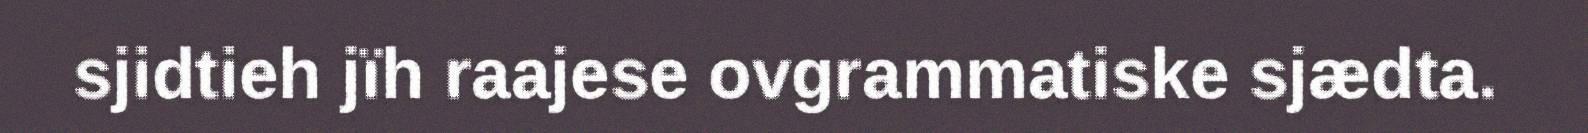
sjidtieh jïh raajese ovgrammatiske sjædta.